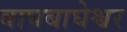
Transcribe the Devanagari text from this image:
बाघबाघेश्वर